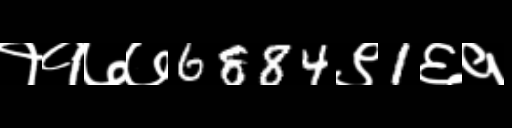
Text: ११७७6884९1६१